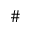
\#